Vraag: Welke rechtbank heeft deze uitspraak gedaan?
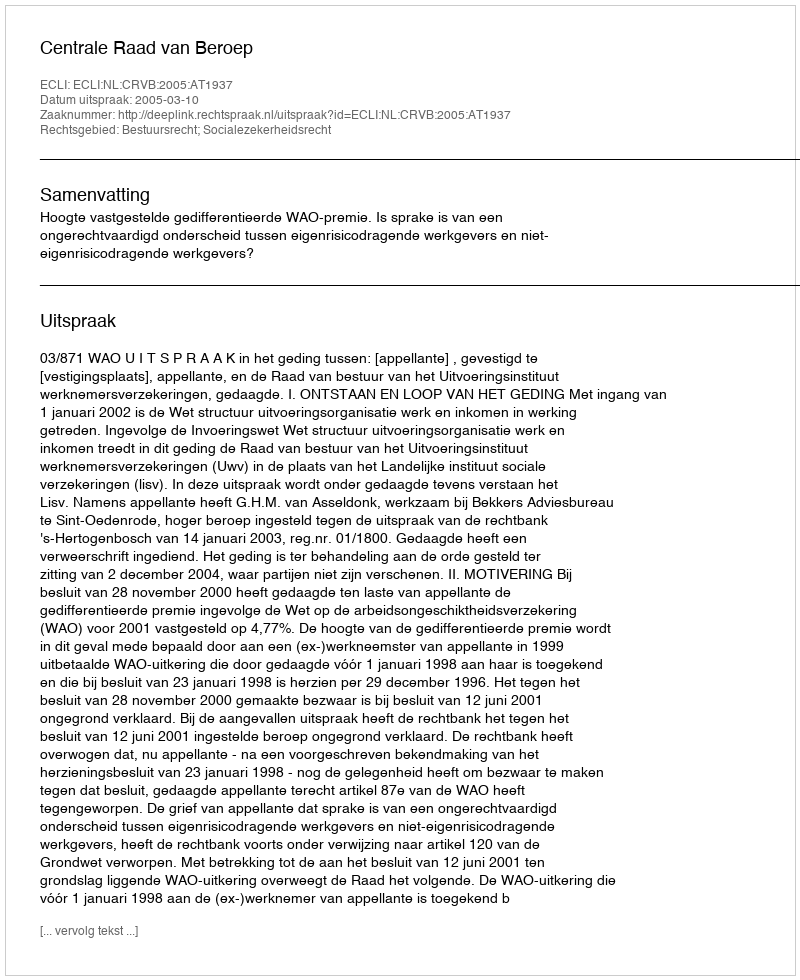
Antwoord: Centrale Raad van Beroep